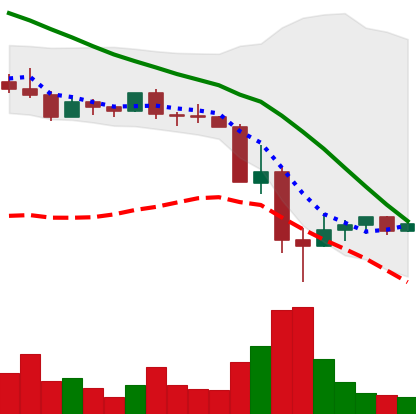
Ticker: DOGE-USD
Chart end date: 2022-05-17
Forward return: -4.554%
Label: down_3_5